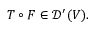
T \circ F \in { \mathcal { D } } ^ { \prime } ( V ) .